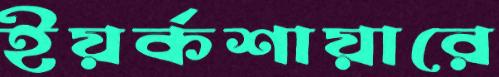
ইয়র্কশায়ারে